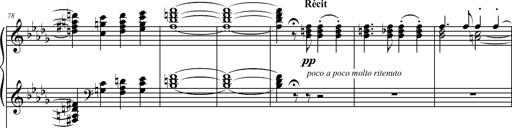
Title: 2 LÃ©gendes
Composer: Franz Liszt